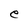
Character: e